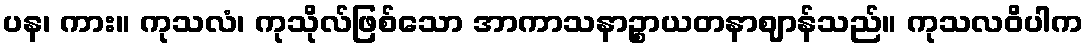
ပန၊ ကား။ ကုသလံ၊ ကုသိုလ်ဖြစ်သော အာကာသနာဉ္စာယတနာဈာန်သည်။ ကုသလဝိပါက